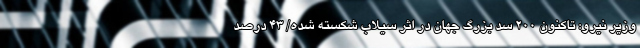
وزیر نیرو: تاکنون ۲۰۰ سد بزرگ جهان در اثر سیلاب شکسته شده/ ۴۳ درصد